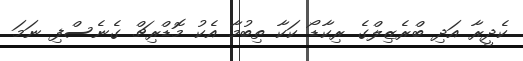
ކެދީރާ އަދި ބްރެޒިލްގެ ރިކާޑޯ ކަކާ ތިބުމާ އެކު މޮޑްރިޗް ގެނެސްފި ނަމަ